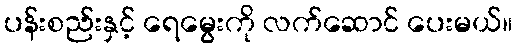
ပန်းစည်းနှင့် ရေမွေးကို လက်ဆောင် ပေးမယ်။